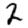
Digit: 2